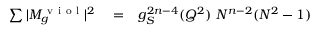
\begin{array} { r l r } { \sum \vert M _ { g } ^ { \mathrm { ~ v ~ i ~ o ~ l ~ } } \vert ^ { 2 } } & { { } = } & { g _ { S } ^ { 2 n - 4 } ( Q ^ { 2 } ) ~ N ^ { n - 2 } ( N ^ { 2 } - 1 ) } \end{array}